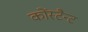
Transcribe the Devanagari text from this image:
कोंस्टैन्ट